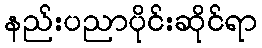
နည်းပညာပိုင်းဆိုင်ရာ